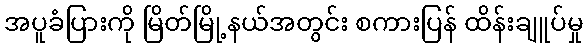
အပူခံပြားကို မြိတ်မြို့နယ်အတွင်း စကားပြန် ထိန်းချူပ်မှု